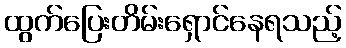
ထွက်ပြေးတိမ်းရှောင်နေရသည့်